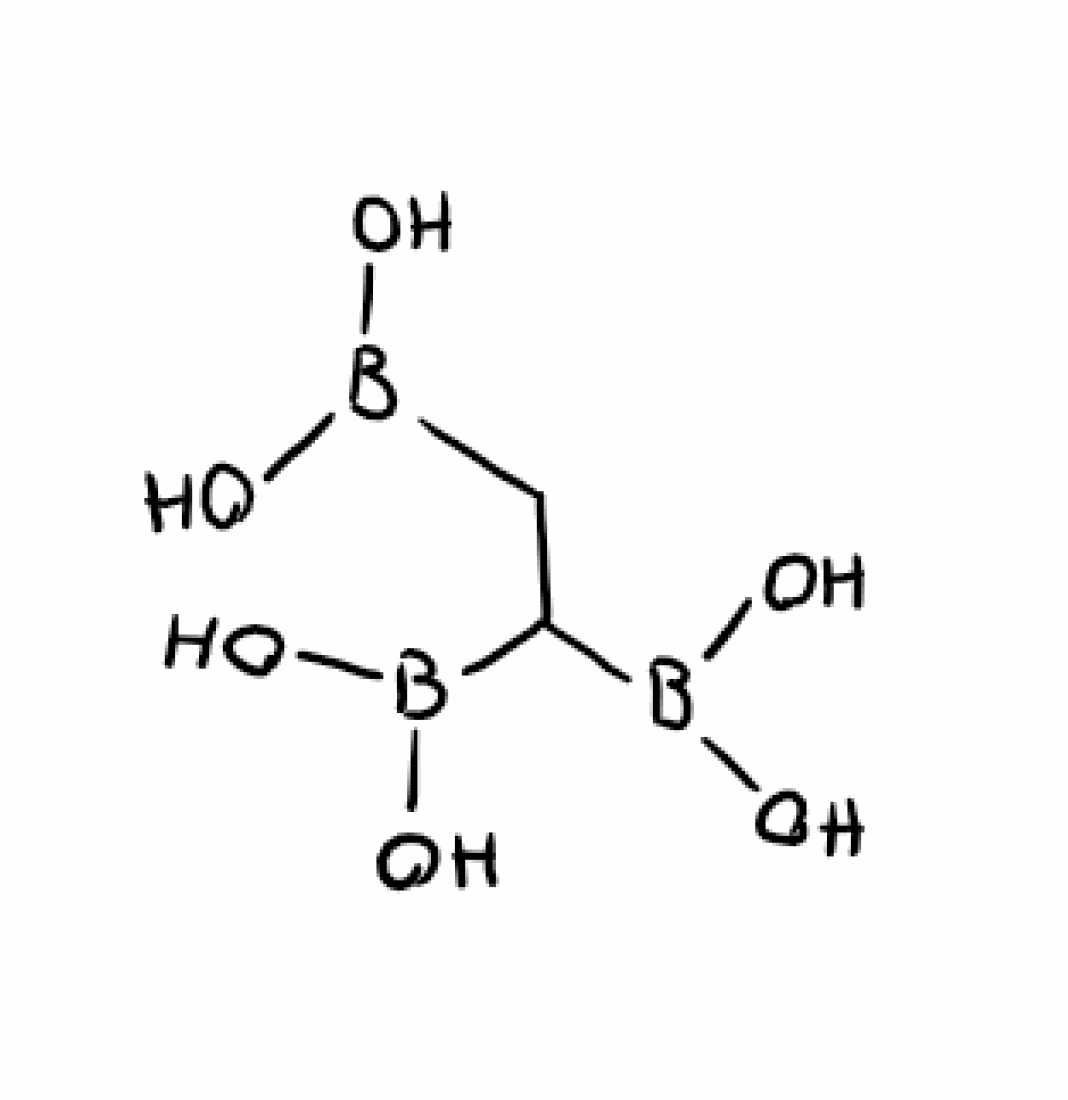
Simplified molecular-input line-entry system (SMILES) notation of the given molecule:
B(CC(B(O)O)B(O)O)(O)O